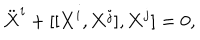
LaTeX: \ddot { \bf X } ^ { i } + [ [ { \bf X } ^ { i } , { \bf X } ^ { j } ] , { \bf X } ^ { j } ] = 0 ,